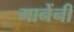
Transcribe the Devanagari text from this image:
मानेंनी